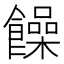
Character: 𩟎